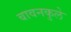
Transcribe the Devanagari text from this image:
बावनकुले